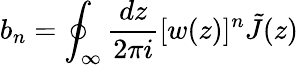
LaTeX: b_{n}=\oint_{\infty}\frac{dz}{2\pi i}[w(z)]^{n}\tilde{J}(z)